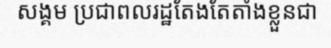
សង្គម ប្រជាពលរដ្ឋតែងតែតាំងខ្លួនជា